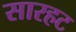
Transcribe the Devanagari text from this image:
सारहट